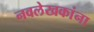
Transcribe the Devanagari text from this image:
नवलेखकांना